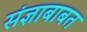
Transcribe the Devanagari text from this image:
संज्ञाबाबत